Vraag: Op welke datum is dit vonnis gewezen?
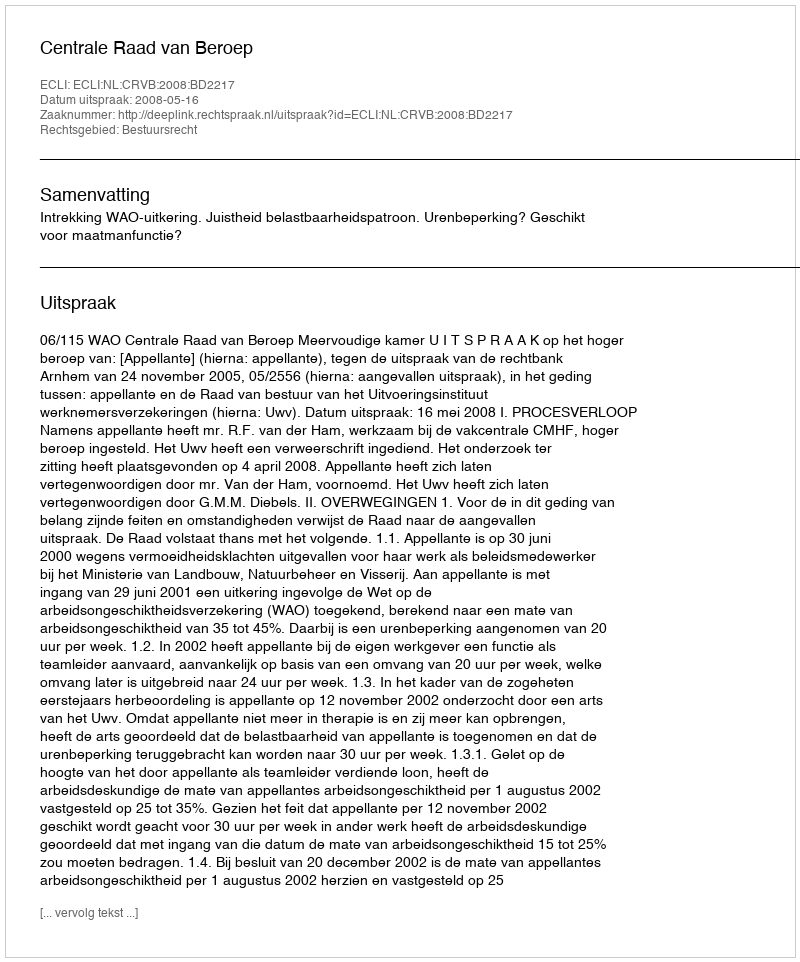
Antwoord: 2008-05-16